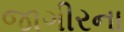
જાગીરના